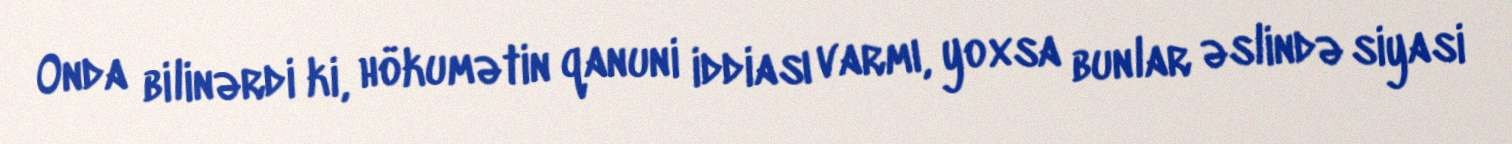
Onda bilinərdi ki, hökumətin qanuni iddiası varmı, yoxsa bunlar əslində siyasi